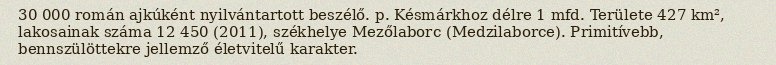
30 000 román ajkúként nyilvántartott beszélő. p. Késmárkhoz délre 1 mfd. Területe 427 km², lakosainak száma 12 450 (2011), székhelye Mezőlaborc (Medzilaborce). Primitívebb, bennszülöttekre jellemző életvitelű karakter.